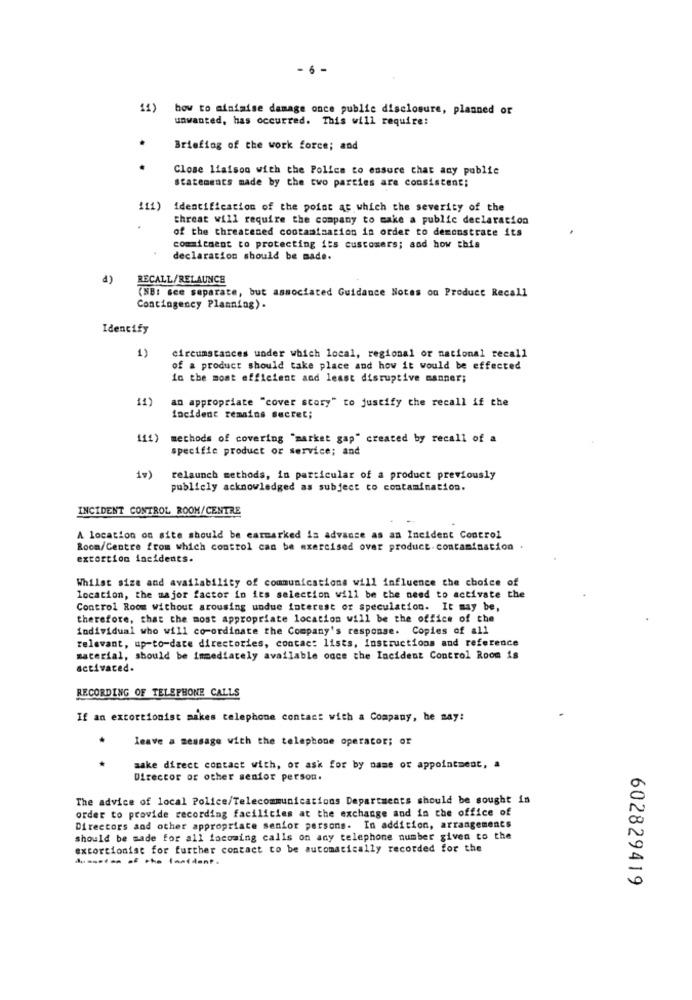
- 6 -
11)
bow to minimise damage once public disclosure, planned or
unwanted, has occurred. This will require:
Briefing of the work force; and
Close liaison with the Police to ensure that any public
statements made by the two parties are consistent;
111)
identification of the point at which the severity of the
threat will require the company to make a public declaration
of the threatened contamination in order to demonstrate its
commitment to protecting its customers; sod how this
declaration should be made.
a)
RECALL/RELAUNCH
(NB: see separate, but associated Guidance Notes on Product Recall
Contingency Planning) .
Identify
1)
circumstances under which local, regional or national recall
of a product should take place and how it would be effected
in the most efficient and least disruptive manner;
11)
an appropriate "cover story" to justify the recall if the
incident remains secret;
111)
methods of covering "market gap" created by recall of a
specific product or service; and
1v)
relaunch methods, in particular of a product previously
publicly acknowledged as subject co contamination.
INCIDENT CONTROL ROOM/CENTRE
A location on site should be carmarked is advance as an Incident Control
Room/Centre from which control can be exercised over product contamination
extortion incidents.
Whilst size and availability of communications will influence the choice of
location, the major factor in its selection will be the need to activate the
Control Room without arousing undue interest of speculation. It may be,
therefore, that the most appropriate location will be the office of the
individual who will co-ordinate the Company's response. Copies of all
relevant, up-to-date directories, contac: lists, instructions and reference
material, should be immediately available once the Incident Control Room is
activated.
RECORDING OF TELEPHONE CALLS
If an extortionist makes telephone contact with a Company, he may:
leave a message with the telephone operator; or
.
make direct contact with, or ask for by name or appointment, a
Director or other senior person.
The advice of local Police/Telecommunications Departments should be sought in
order to provide recording facilities at the exchange and in the office of
Directors and other appropriate senior persons. In addition, arrangements
should be made for all facoming calls on any telephone number given to the
extortionist for further contact to be automatically recorded for the
602829419